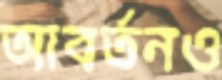
আবর্তনও